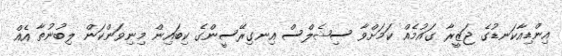
އިންޑިއާކަނޑުގެ ޖަޒީރާ ގައުމެއް ކަމަށްވާ ސިޝެލްސް އިނގިރޭސީންގެ ކިބައިން މިނިވަންކަން ލިބުނުތާ އެއް